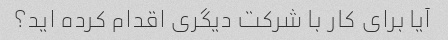
آیا برای کار با شرکت دیگری اقدام کرده اید؟